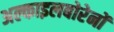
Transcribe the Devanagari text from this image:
अल्काइलबोरेनों